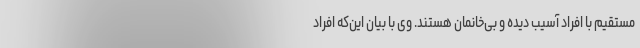
مستقیم با افراد آسیب دیده و بی‌خانمان هستند. وی با بیان این‌که افراد